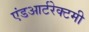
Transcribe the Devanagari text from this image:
एंडआर्टरेक्टमी